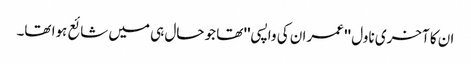
ان کا آخری ناول '' عمران کی واپسی'' تھا جو حال ہی میں شائع ہوا تھا۔